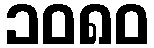
၁၀၈၀